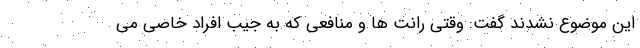
این موضوع نشدند گفت: وقتی رانت ها و منافعی که به جیب افراد خاصی می